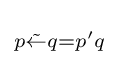
\scriptstyle {p{\tilde {\leftarrow }}q=p'q\,}\!